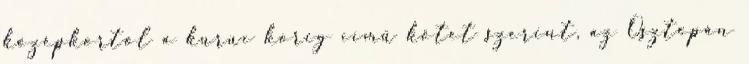
középkortól a kuruc korig című kötet szerint, az Osztopán